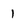
Character: I